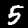
Digit: 5